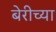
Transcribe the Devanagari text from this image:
बेरीच्या